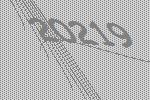
20219